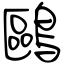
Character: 鷗